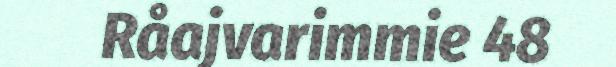
Råajvarimmie 48